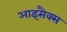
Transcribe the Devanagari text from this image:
आइसैक्स